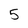
Character: 5